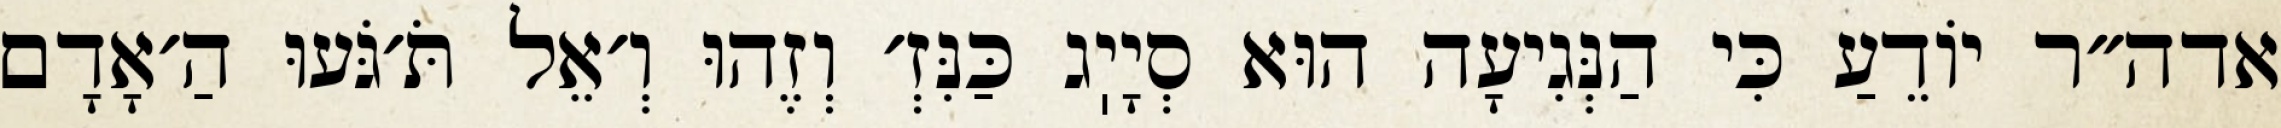
אדה״ר יוֹדֵעַ כִּי הַנְּגִיעָה הוּא סְיָיֽג כַּנִּזְ׳ וְזֶהוּ וְ׳אֵל תֹּ׳גֹּעוּ הַ׳אָדָם